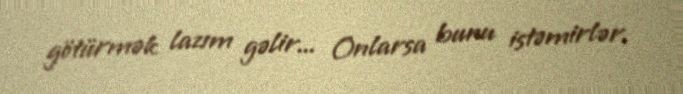
götürmək lazım gəlir... Onlarsa bunu istəmirlər.